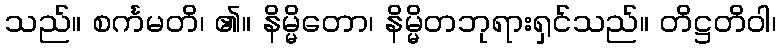
သည်။ စင်္ကမတိ၊ ၏။ နိမ္မိတော၊ နိမ္မိတဘုရားရှင်သည်။ တိဋ္ဌတိဝါ၊